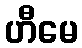
ဟီမေ